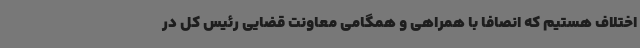
اختلاف هستیم که انصافاً با همراهی و همگامی معاونت قضایی رئیس کل در